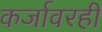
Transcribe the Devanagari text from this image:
कर्जावरही